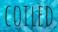
COILED